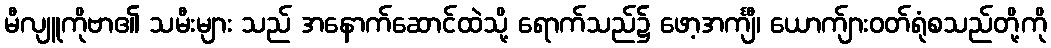
မီလျူကိုဗာ၏ သမီးများ သည် အနောက်ဆောင်ထဲသို့ ရောက်သည်၌ ဖော့အင်္ကျီ၊ ယောက်ျားဝတ်ရုံစသည်တို့ကို